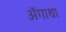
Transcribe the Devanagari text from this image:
ॲगाथा